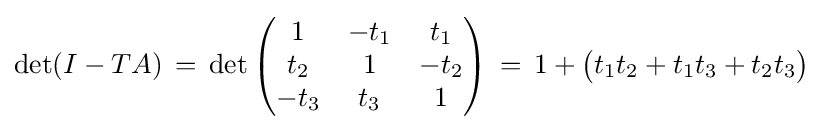
\det(I-TA)\,=\,\det {\begin{pmatrix}1&-t_{1}&t_{1}\\t_{2}&1&-t_{2}\\-t_{3}&t_{3}&1\end{pmatrix}}\,=\,1+{\bigl (}t_{1}t_{2}+t_{1}t_{3}+t_{2}t_{3}{\bigr )}